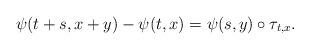
LaTeX: \begin{align*}\psi(t+s,x+y)-\psi(t,x)=\psi(s,y)\circ\tau_{t,x}.\end{align*}